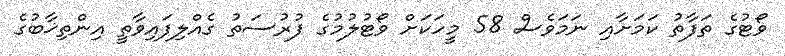
ވޯޓުގެ ތަފާތު ކަމަށާއި ނަމަވެސް 58 މީހަކަށް ވޯޓުލުމުގެ ފުރުސަތު ގެއްލިފައިވާތީ އިންތިޚާބުގެ